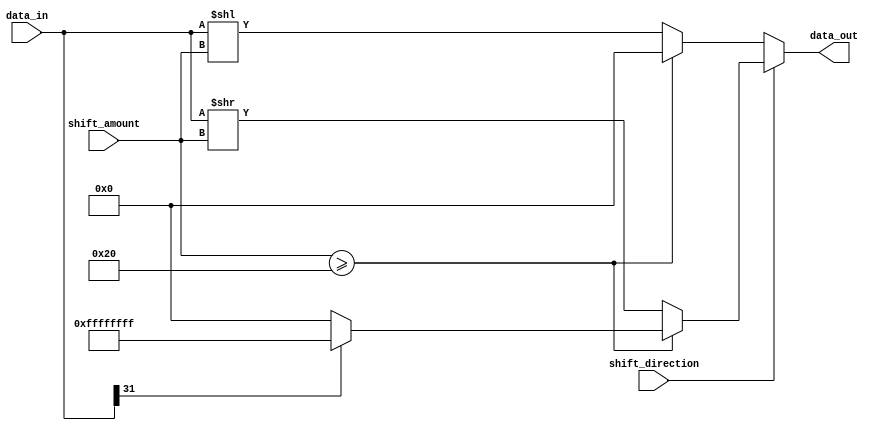
module BarrelShifter (
  input signed [31:0] data_in, // input data to be shifted
  input [4:0] shift_amount, // amount to shift data by
  input shift_direction, // 0 for left shift, 1 for right shift
  output reg signed [31:0] data_out // shifted output data
);

  always @(*) begin
    if (shift_direction == 0) begin // left shift
      if (shift_amount >= 32) begin
        data_out = 0; // shifting by more than 32 bits results in 0 output
      end else begin
        data_out = data_in << shift_amount; // perform left shift
      end
    end else begin // right shift
      if (shift_amount >= 32) begin
        data_out = (data_in[31] == 1) ? -1 : 0; // sign extension
      end else begin
        data_out = data_in >> shift_amount; // perform right shift
      end
    end
  end

endmodule